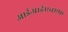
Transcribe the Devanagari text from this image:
आईआईएचएफ